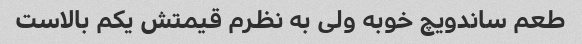
طعم ساندویچ خوبه ولی به نظرم قیمتش یکم بالاست